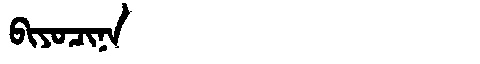
Manchu: ᠪᡳᠶᠣᠴᡳᠨᠠ
Romanization: BIYOCINA